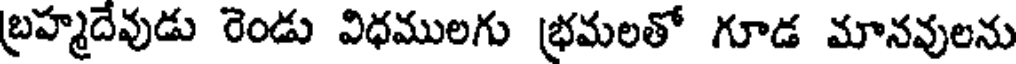
బ్రహ్మదేవుడు రెండు విధములగు భ్రమలతో గూడ మానవులను